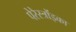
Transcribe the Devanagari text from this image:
पेरेस्त्रोंइका